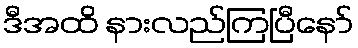
ဒီအထိ နားလည်ကြပြီနော်